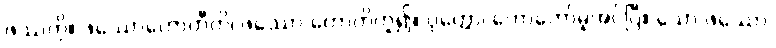
ဖဿကို။ ဖဿောဟောတီတိ၊ ဖဿော ဟောတိဟူ၍။ ဝုတ္တော၊ ဟောတော်မူအပ်ပြီ။ သော ဖဿော၊